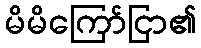
မိမိကြော်ငြာ၏